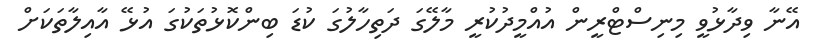
އޭނާ ވިދާޅުވީ މިނިސްޓްރީން އުއްމީދުކުރީ މާލޭގަ ދަތިހާލުގަ ކުޑަ ބިންކޮޅުތަކުގަ އުޅޭ އާއިލާތަކަށް